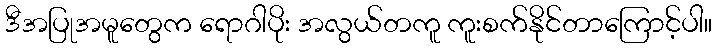
ဒီအပြုအမူတွေက ရောဂါပိုး အလွယ်တကူ ကူးစက်နိုင်တာကြောင့်ပါ။